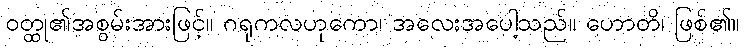
ဝတ္ထု၏အစွမ်းအားဖြင့်။ ဂရုကလဟုကော၊ အလေးအပေါ့သည်။ ဟောတိ၊ ဖြစ်၏။